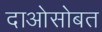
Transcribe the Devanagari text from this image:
दाओसोबत